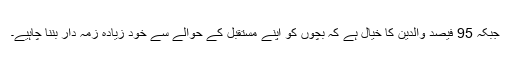
جبکہ 95 فیصد والدین کا خیال ہے کہ بچوں کو اپنے مستقبل کے حوالے سے خود زیادہ زمہ دار بننا چاہیے۔